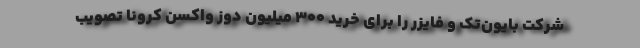
شرکت بایون‌تک و فایزر را برای خرید ۳۰۰ میلیون دوز واکسن کرونا تصویب